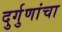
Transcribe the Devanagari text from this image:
दुर्गुणांचा